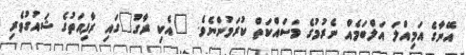
އޭނާގެ އަމިއްލަ އަލްބަމެއް ނެރުމުގެ މަސައްކަތް ކުރަމުންނެވެ. "އެކި ރާގު"ގައި ރާފިއަތުގެ ޝައުގުވެރި